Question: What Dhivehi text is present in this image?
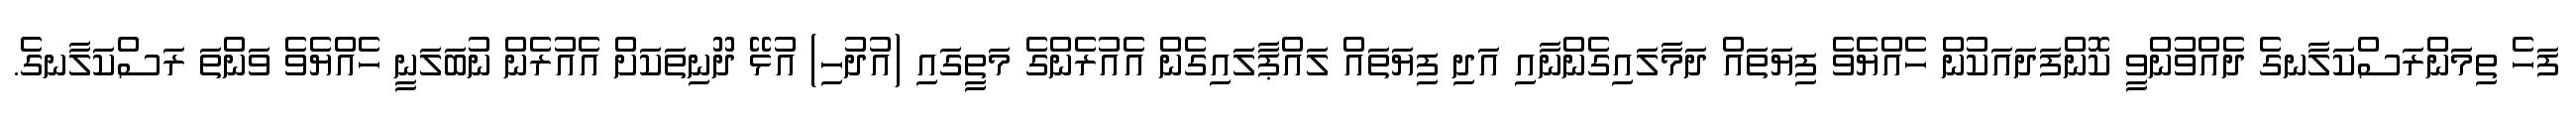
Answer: ފަހެ ތިމަންރަސްކަލާނގެ ދެއްވުންވީ ކޮންފަދައަކުން ހެއްޔެވެ ފިޔަތައް ދަމާލައިގެންނާއި އަދި ފިޔަތައް ލައްޕާލައިގެން އެއުރެންގެ މަތީގައި (އުދުހި) އުޅޭ ދޫނިތަކަށް އެއުރެން ނުބަލަނީ ހެއްޔެވެ ވަންތަ ރަސްކަލާނގެ.